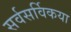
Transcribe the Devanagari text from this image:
सर्वसर्विकया